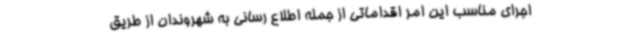
اجرای مناسب این امر اقداماتی از جمله اطلاع رسانی به شهروندان از طریق